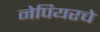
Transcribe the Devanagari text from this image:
नेपियरचे